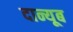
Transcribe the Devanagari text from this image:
दान्यूब